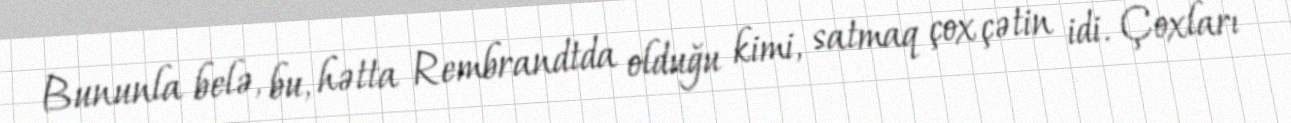
Bununla belə, bu, hətta Rembrandtda olduğu kimi, satmaq çox çətin idi. Çoxları